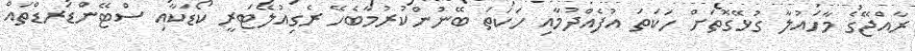
ރާއްޖޭގެ މާހައުލާ ގުޅޭގޮތަށް ހަކަތަ އުފެއްދުމާއި ހަކަތަ ބޭނުންކުރުމާބެހޭ ރެގިއުލޭޓަރީ ކޯޑަކާއި ސްޓޭންޑަރޑްތައް